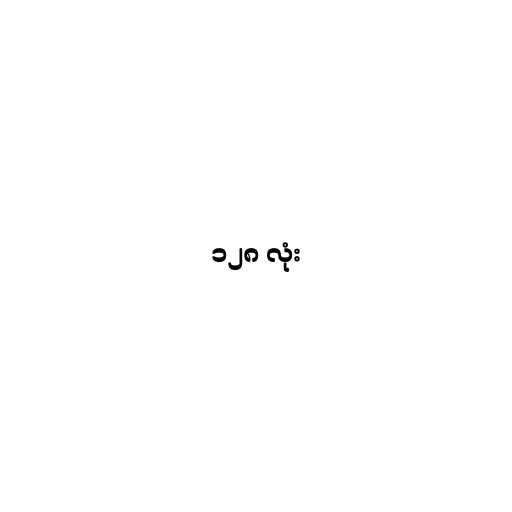
၁၂၈ လုံး